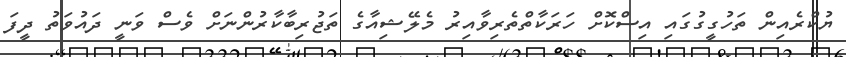
ޔުކްރެއިން ތަހުގީގުގައި އިސްކޮށް ހަރަކާތްތެރިވާއިރު މެލޭޝިއާގެ ތަޖުރިބާކާރުންނަށް ވެސް ވަނީ ދައުވަތު ދީފަ